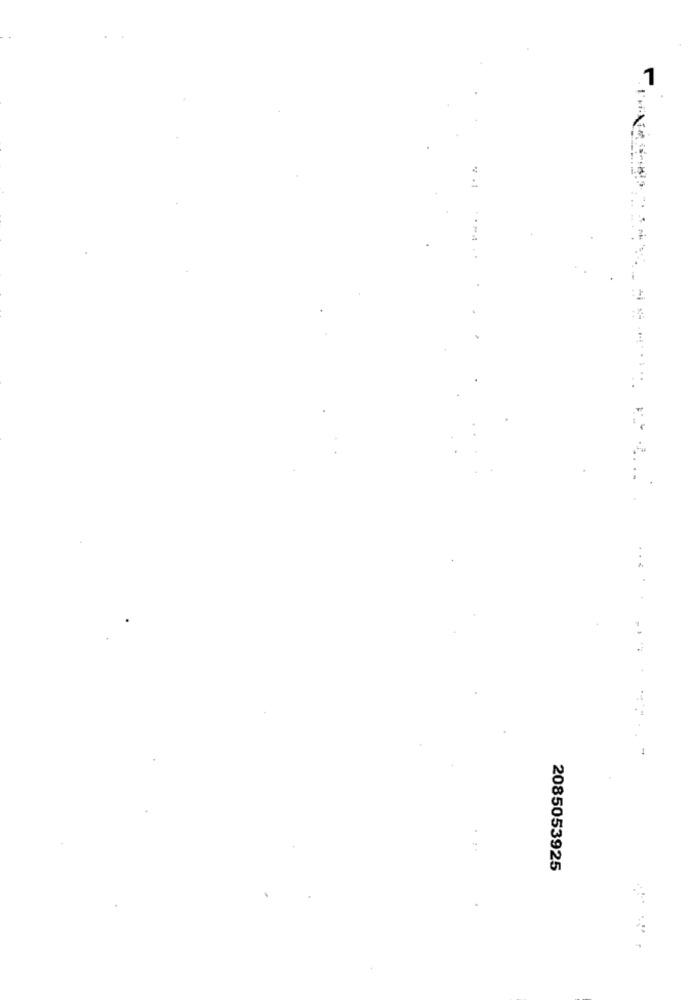
1
......
.....
2085053925